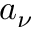
a _ { \nu }